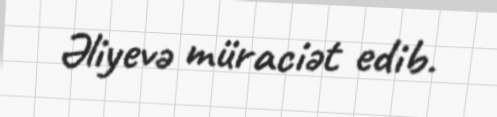
Əliyevə müraciət edib.